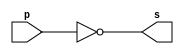
// -------------------------
// Exercicio06Extra
// Nome: Willian Antonio dos Santos
// -------------------------
// -------------------------
// -- complemento de 1
// -------------------------
module comp1Byte (output [7:0] s, input [7:0] p);
       assign s = (~p);
endmodule // comp1Byte
// -------------------------
// Testes complemento de 1
// -------------------------
module exercicio_06;
   // ------------------------- definir dados
   reg [7:0] a;
   wire [7:0] s;
   // ------------------------- instancia
   comp1Byte comp11 (s, a);
   // ------------------------- preparacao
   initial begin:start
           // valores iniciais
           a=0;
   end
   // ------------------------- parte principal
   initial begin:main
           $display("Exercicio06 - Willian Antonio dos Santos - 462020");
           $display("Calcula complemento de 1 de um numero, 1 byte...");
           $monitor("comp1( %b ) = %b", a, s);
           a = 0;
           repeat (255) begin
                  #1 a = a + 1;
           end
   end
endmodule // exercicio